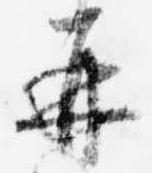
再